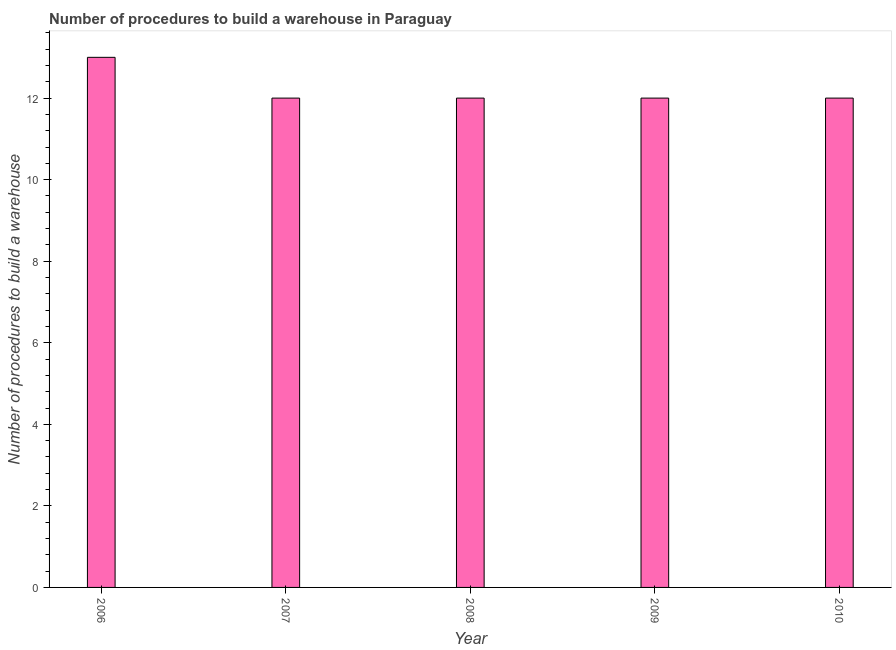
| Year | Build a warehouse |
 | --- | --- |
 | 2006 | 13 |
 | 2007 | 12 |
 | 2008 | 12 |
 | 2009 | 12 |
 | 2010 | 12 |